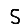
Digit: 5